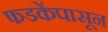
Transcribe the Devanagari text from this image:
फडकेंपासून